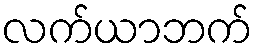
လက်ယာဘက်